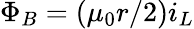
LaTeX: \Phi_{B}=\left(\mu_{0}r/2\right)i_{L}